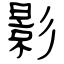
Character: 影